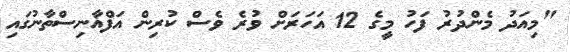
"މިއަދު މެންދުރު ފަހު މީގެ 12 އަހަރަށް ވުރެ ވެސް ކުރިން އަފްޣާނިސްތާނުގައި